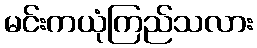
မင်းကယုံကြည်သလား